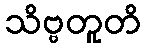
သိဗ္ဗတူတိ